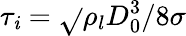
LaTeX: \tau_{\mathit{i}}=\sqrt{}{{\rho_{l}D_{0}^{3}/8\sigma}}